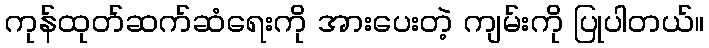
ကုန်ထုတ်ဆက်ဆံရေးကို အားပေးတဲ့ ကျမ်းကို ပြုပါတယ်။